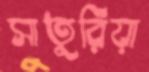
সাতুরিয়া